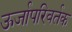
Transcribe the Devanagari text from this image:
ऊर्जापरिवर्तक